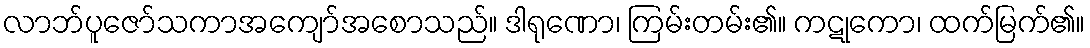
လာဘ်ပူဇော်သကာအကျော်အစောသည်။ ဒါရုဏော၊ ကြမ်းတမ်း၏။ ကဋုကော၊ ထက်မြက်၏။